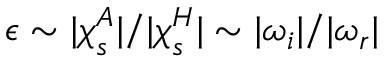
\epsilon \sim | \boldsymbol { \chi } _ { s } ^ { A } | / | \boldsymbol { \chi } _ { s } ^ { H } | \sim | \omega _ { i } | / | \omega _ { r } |